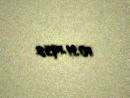
10.11.1952